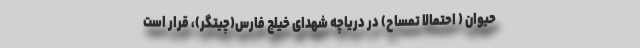
حیوان ( احتمالا تمساح) در دریاچه شهدای خیلج فارس(چیتگر)، قرار است